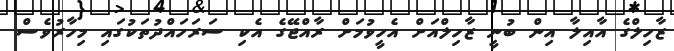
ޒާހިލްގެ އާއިލާ އިން ބުނީ ޒާހިލްއަށް އެހީވުމަށް ރާއްޖޭގެ އެކި ސަރަހައްދުތަކުގައި މިހާރުވެސް